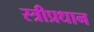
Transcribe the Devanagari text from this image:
स्त्रीप्रधान